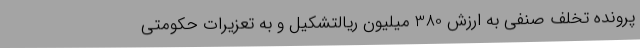
پرونده تخلف صنفی به ارزش 380 میلیون ریالتشکیل و به تعزیرات حکومتی